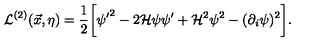
{ \cal L } ^ { ( 2 ) } ( \vec { x } , \eta ) = \frac { 1 } { 2 } \biggl [ { \psi ^ { \prime } } ^ { 2 } - 2 { \cal H } \psi \psi ^ { \prime } + { \cal H } ^ { 2 } \psi ^ { 2 } - ( \partial _ { i } \psi ) ^ { 2 } \biggr ] .